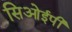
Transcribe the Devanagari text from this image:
सिओईपी